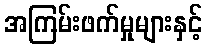
အကြမ်းဖက်မှုများနှင့်